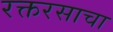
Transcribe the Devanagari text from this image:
रक्तरसाचा